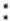
: